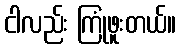
ငါလည်း ကြုံဖူးတယ်။